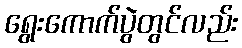
ရွေးကောက်ပွဲတွင်လည်း